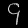
Digit: ၄